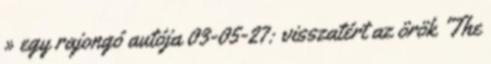
» egy rajongó autója 03-05-27: visszatért az örök 'The